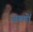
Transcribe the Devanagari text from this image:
ज़ख्‍मों